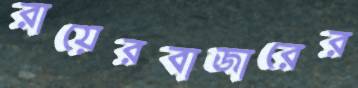
রায়েরবাজারের